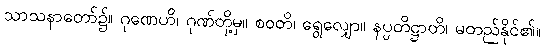
သာသနာတော်၌။ ဂုဏေဟိ၊ ဂုဏ်တို့မှ။ စဝတိ၊ ရွေလျှော။ နပ္ပတိဋ္ဌာတိ၊ မတည်နိုင်၏။